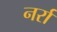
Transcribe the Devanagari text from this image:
नर्रा